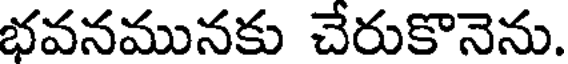
భవనమునకు చేరుకొనెను.